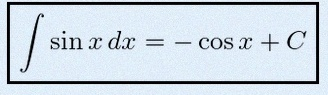
\int \sin x\,dx=-\cos x+C